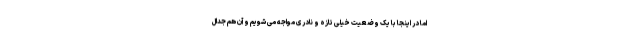
اما در اینجا با یک وضعیت خیلی تازه و نادری مواجه می شویم و آن هم جدال